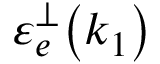
\mathinner { \varepsilon _ { e } ^ { \perp } \mathopen { \left( k _ { 1 } \right) } }